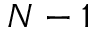
N - 1